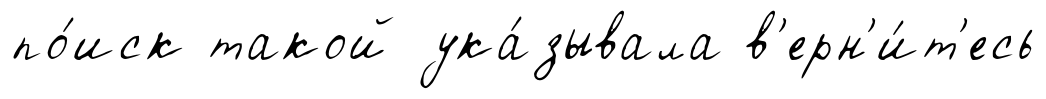
по́иск такой ука́зывала в'ерн'и́т'есь